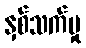
နှစ်သက်မှု